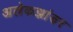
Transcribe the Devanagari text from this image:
अलेकझांडर